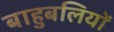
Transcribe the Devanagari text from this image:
बाहुबलियों